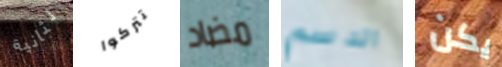
لثانية تتركوا مضاد الدسم يكن